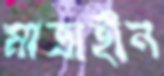
মাত্রাহীন